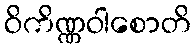
ဝိကိဏ္ဏဝါစောတိ